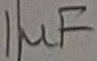
Text: 1µF